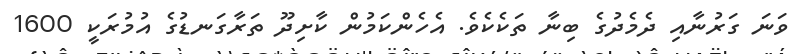
ވަނަ ގަރުނާއި ދެމެދުގެ ބިނާ ތަކެކެވެ. އެހެންކަމުން ކާށިދޫ ތަރާގަނޑުގެ އުމުރަކީ 1600